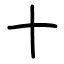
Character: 十